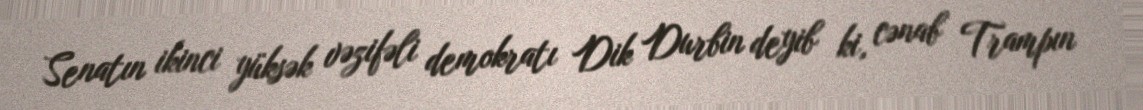
Senatın ikinci yüksək vəzifəli demokratı Dik Durbin deyib ki, cənab Trampın